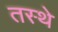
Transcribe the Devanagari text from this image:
तस्थे